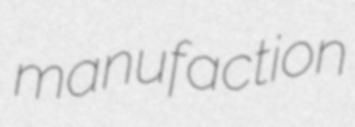
manufaction